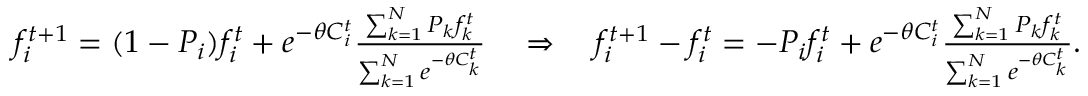
\begin{array} { r } { f _ { i } ^ { t + 1 } = ( 1 - P _ { i } ) f _ { i } ^ { t } + e ^ { - \theta C _ { i } ^ { t } } \frac { \sum _ { k = 1 } ^ { N } P _ { k } f _ { k } ^ { t } } { \sum _ { k = 1 } ^ { N } e ^ { - \theta C _ { k } ^ { t } } } \ \ \ \Rightarrow \ \ \ f _ { i } ^ { t + 1 } - f _ { i } ^ { t } = - P _ { i } f _ { i } ^ { t } + e ^ { - \theta C _ { i } ^ { t } } \frac { \sum _ { k = 1 } ^ { N } P _ { k } f _ { k } ^ { t } } { \sum _ { k = 1 } ^ { N } e ^ { - \theta C _ { k } ^ { t } } } . } \end{array}